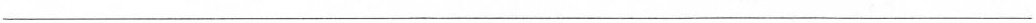
______________________________